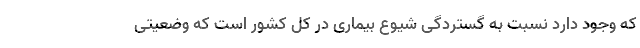
که وجود دارد نسبت به گستردگی شیوع بیماری در کل کشور است که وضعیتی